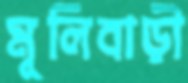
মূলিবাড়ী